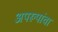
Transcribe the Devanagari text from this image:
अपरूपांचा